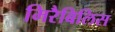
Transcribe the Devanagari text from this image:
मिरैबिलिस